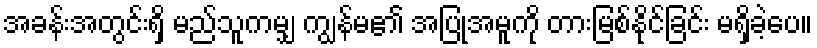
အခန်းအတွင်းရှိ မည်သူကမျှ ကျွန်မ၏ အပြုအမူကို တားမြစ်နိုင်ခြင်း မရှိခဲ့ပေ။